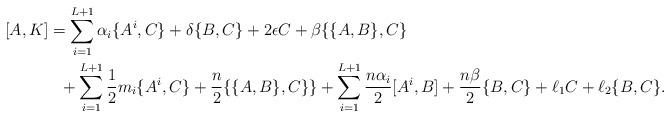
LaTeX: \begin{align*}[A,K] &= \sum_{i=1}^{L+1}\alpha_i\{A^i,C\} +\delta\{B,C\}+2\epsilon C + \beta\{\{A,B\},C\} \\&\ \ + \sum_{i=1}^{L+1}\frac12 m_i\{A^i,C\} +\frac{n}{2}\{\{A,B\},C\}\} + \sum_{i=1}^{L+1}\frac{n\alpha_i}{2}[A^i,B] +\frac{n\beta}{2}\{B,C\}+ \ell_1 C + \ell_2\{B,C\}.\end{align*}